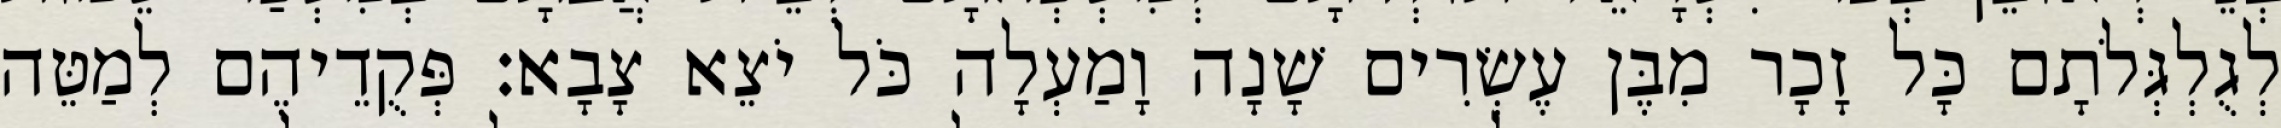
לְגֻלְגְּלֹתָם כָּל זָכָר מִבֶּן עֶשְׂרִים שָׁנָה וָמַעְלָה כֹּל יֹצֵא צָבָא׃ פְּקֻדֵיהֶם לְמַטֵּה